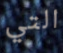
التي